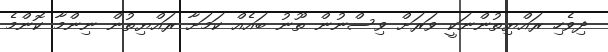
ދިވެހި ރައްޔިތުންނަކީ ވަރަށް ވިސްނުން ތޫނު ބައެއް ކަމަށާ ރައްޔިތުން ނިންމާ ކޮންމެ